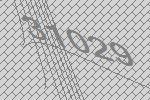
31029